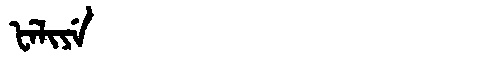
Manchu: ᡶᡝᠯᡳᠶᡝ
Romanization: FELIYE